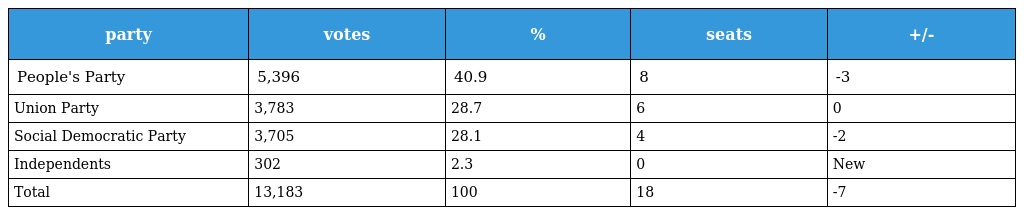
| party | votes | % | seats | +/- |
 | --- | --- | --- | --- | --- |
 | People's Party | 5,396 | 40.9 | 8 | -3 |
 | Union Party | 3,783 | 28.7 | 6 | 0 |
 | Social Democratic Party | 3,705 | 28.1 | 4 | -2 |
 | Independents | 302 | 2.3 | 0 | New |
 | Total | 13,183 | 100 | 18 | -7 |